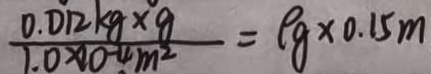
\frac { 0 . 0 1 2 \times 9 \times 9 } { 1 . 0 \times 1 0 - 4 m ^ { 2 } } = p g \times 0 . 1 5 m